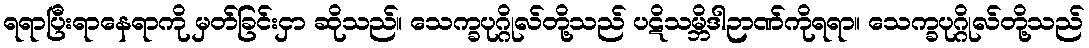
ရရာပြီးရာနေရာကို မှတ်ခြင်းငှာ ဆိုသည်။ သေက္ခပုဂ္ဂိုလ်တို့သည် ပဋိသမ္ဘိဒါဉာဏ်ကိုရရာ။ သေက္ခပုဂ္ဂိုလ်တို့သည်